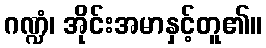
ဂဏ္ဍံ၊ အိုင်းအမာနှင့်တူ၏။